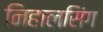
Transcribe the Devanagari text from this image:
निहालसिंग